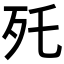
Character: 𣧃